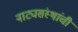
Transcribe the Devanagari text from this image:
नाट्यसंस्थांची